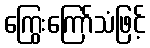
ကြွေးကြော်သံဖြင့်